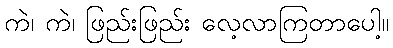
ကဲ၊ ကဲ၊ ဖြည်းဖြည်း လေ့လာကြတာပေါ့။